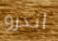
آندرو